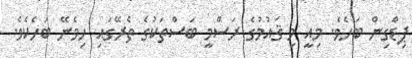
ޕިޑްގިން ބަހެވެ. މިއީ މި ޤައުމުގެ ރަސްމީ ބަސްތަކުގެ ތެރޭގައި ހިމެނޭ ބަހެކެވެ.